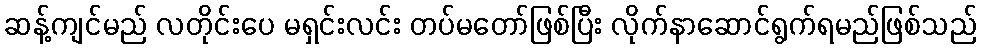
ဆန့်ကျင်မည် လတိုင်းပေ မရှင်းလင်း တပ်မတော်ဖြစ်ပြီး လိုက်နာဆောင်ရွက်ရမည်ဖြစ်သည်